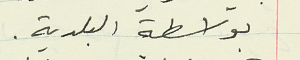
بواسطة البلدية.